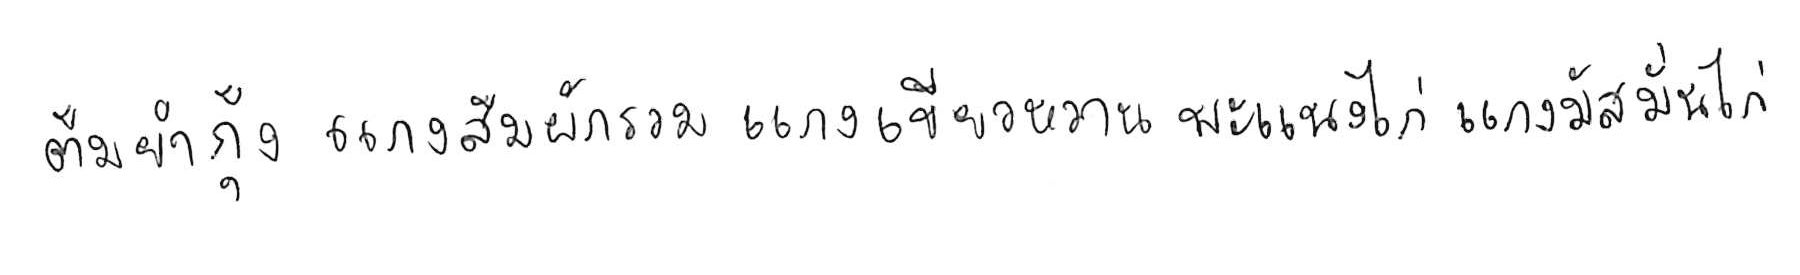
ต้มยำกุ้ง แกงส้มผักรวม แกงเขียวหวาน พะแนงไก่ แกงมัสมั่นไก่